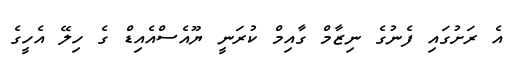
އެ ރަށުގައި ފެނުގެ ނިޒާމް ގާއިމް ކުރަނީ ޔޫއެސްއެއިޑް ގެ ހިލޭ އެހީގެ